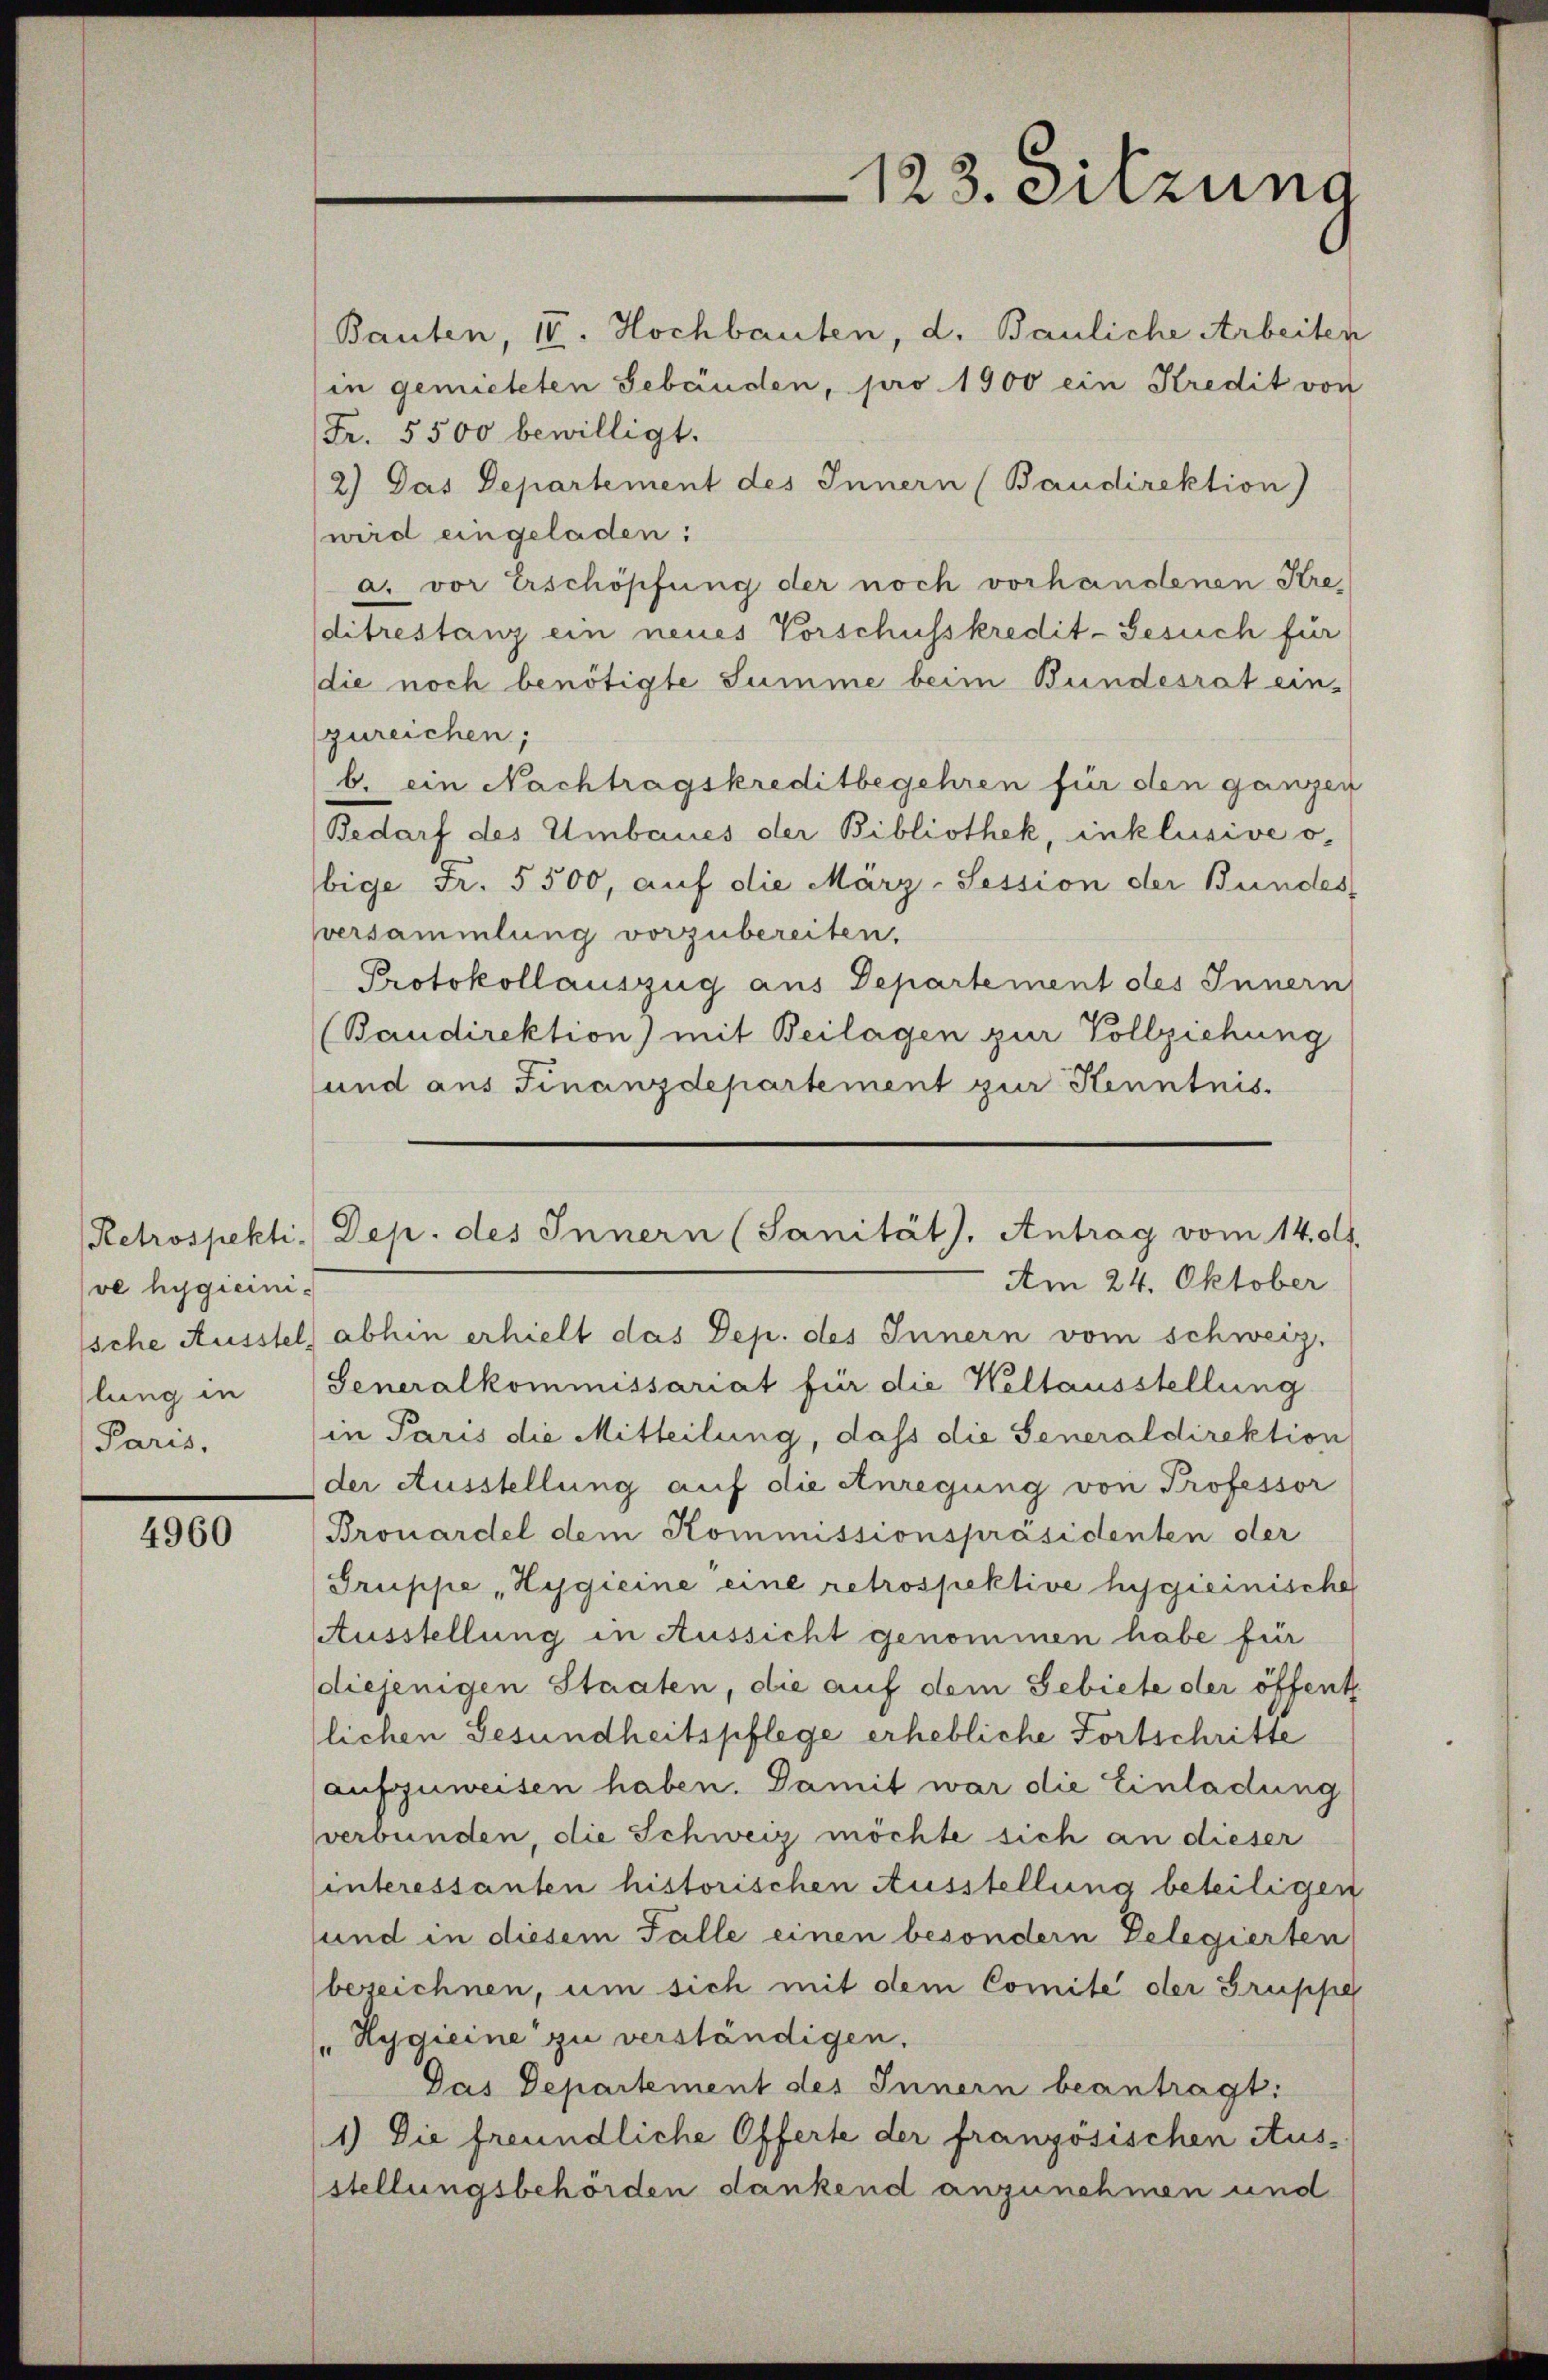
Retrospekti-
ve hygieinische Ausstel
lung in
Paris,

4960

123. Sitzung

Bauten, 10. Hochbauten, d. Bauliche Arbeiten
in gemieteten Gebäuden, pro 1900 ein Kredit von
Fr. 5500 bewilligt.
2) Das Departement des Innern (Baudirektion)
wird eingeladen:
a. vor Erschöpfung der noch vorhandenen Kre-
ditrestanz ein neues Vorschusskredit-Gesuch für
die noch benötigte Summe beim Bundesrat ein-
zureichen;
b. ein Nachtragskreditbegehren für den ganzen
Bedarf des Umbaues der Bibliothek, inklusive o
bige Fr. 5500, auf die März-Session der Bundes
versammlung vorzubereiten.
Protokollauszug aus Departement des Innern
(Baudirektion) mit Beilagen zur Vollziehung
und aus Finanzdepartement zur Kenntnis¬

Dep. des Innern (Sanität. Antrag vom 14. ds.
Am 24. Oktober

abhin erhielt das Dep. des Innern vom schweiz.
Generalkommissariat für die Weltausstellung
in Paris die Mitteilung, dass die Generaldirektion
der Ausstellung auf die Anregung von Professor
Brouardel dem Kommissionspräsidenten der
Gruppe, Hygieine eine retrospektive hygieinische
Ausstellung in Aussicht genommen habe für
diejenigen Staaten, die auf dem Gebiete der öffent
lichen Gesundheitspflege erhebliche Fortschritte
aufzuweisen haben. Damit war die Einladung
verbunden, die Schweiz möchte sich an dieser
sinteressanten historischen Ausstellung beteiligen
und in diesem Falle einen besondern Delegierten
bezeichnen, um sich mit dem Comite der Gruppe
" Hygieine zu verständigen.
Das Departement des Innern beantragt:
1) Die freundliche Offerte der französischen Aus-
stellungsbehörden dankend anzunehmen und